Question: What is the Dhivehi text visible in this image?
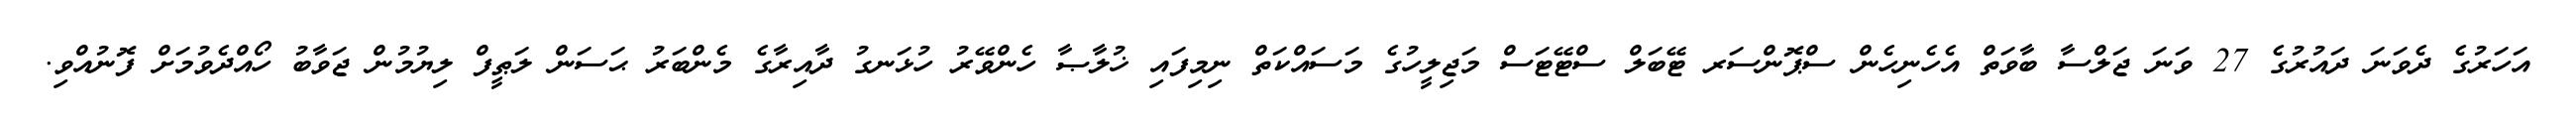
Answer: އަހަރުގެ ދެވަނަ ދައުރުގެ 27 ވަނަ ޖަލްސާ ބާވަތް އެހެނިހެން ސްޕޮންސަރ ޓޭބަލް ސްޓޭޓަސް މަޖިލީހުގެ މަސައްކަތް ނިމިފައި ޚުލާޞާ ހެންވޭރު ހުޅަނގު ދާއިރާގެ މެންބަރު ޙަސަން ލަޠީފް ލިޔުމުން ޖަވާބު ހޯއްދެވުމަށް ފޮނުއްވި.